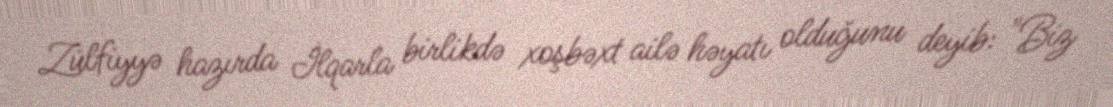
Zülfiyyə hazırda İlqarla birlikdə xoşbəxt ailə həyatı olduğunu deyib: "Biz